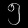
Digit: ၅